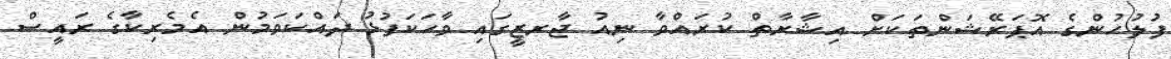
ފުލުހުންގެ އޮޕަރޭޝަންތަކަށް އިޝާރާތް ކުރައްވާ ނިއު ޖާރޒީގައި ވާހަކަފުޅު ދައްކަވަމުން އެމެރިކާގެ ރައީސް